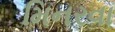
મિનરવા